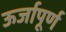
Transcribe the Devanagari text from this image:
ऊर्जापूर्ण